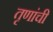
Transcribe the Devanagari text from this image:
तृणांची